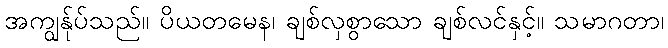
အကျွန်ုပ်သည်။ ပိယတမေန၊ ချစ်လှစွာသော ချစ်လင်နှင့်။ သမာဂတာ၊